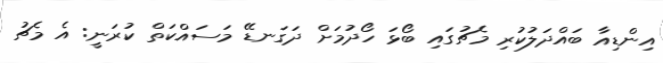
އިންޑިއާ ބައްދަލުކުރި މެޗުގައި ބޯޅަ ހޯދުމަށް ދަގަނޑޭ މަސައްކަތް ކުރަނީ: އެ މެޗު